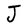
Character: J